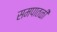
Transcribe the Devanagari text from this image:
समपातळी